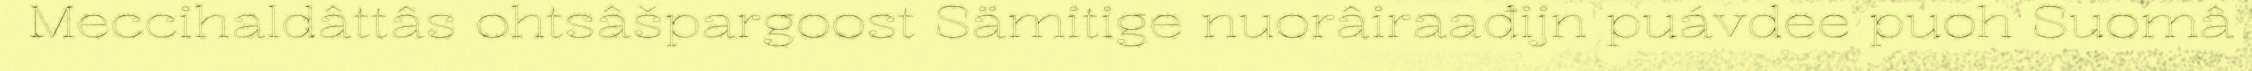
Meccihaldâttâs ohtsâšpargoost Sämitige nuorâiraađijn puávdee puoh Suomâ